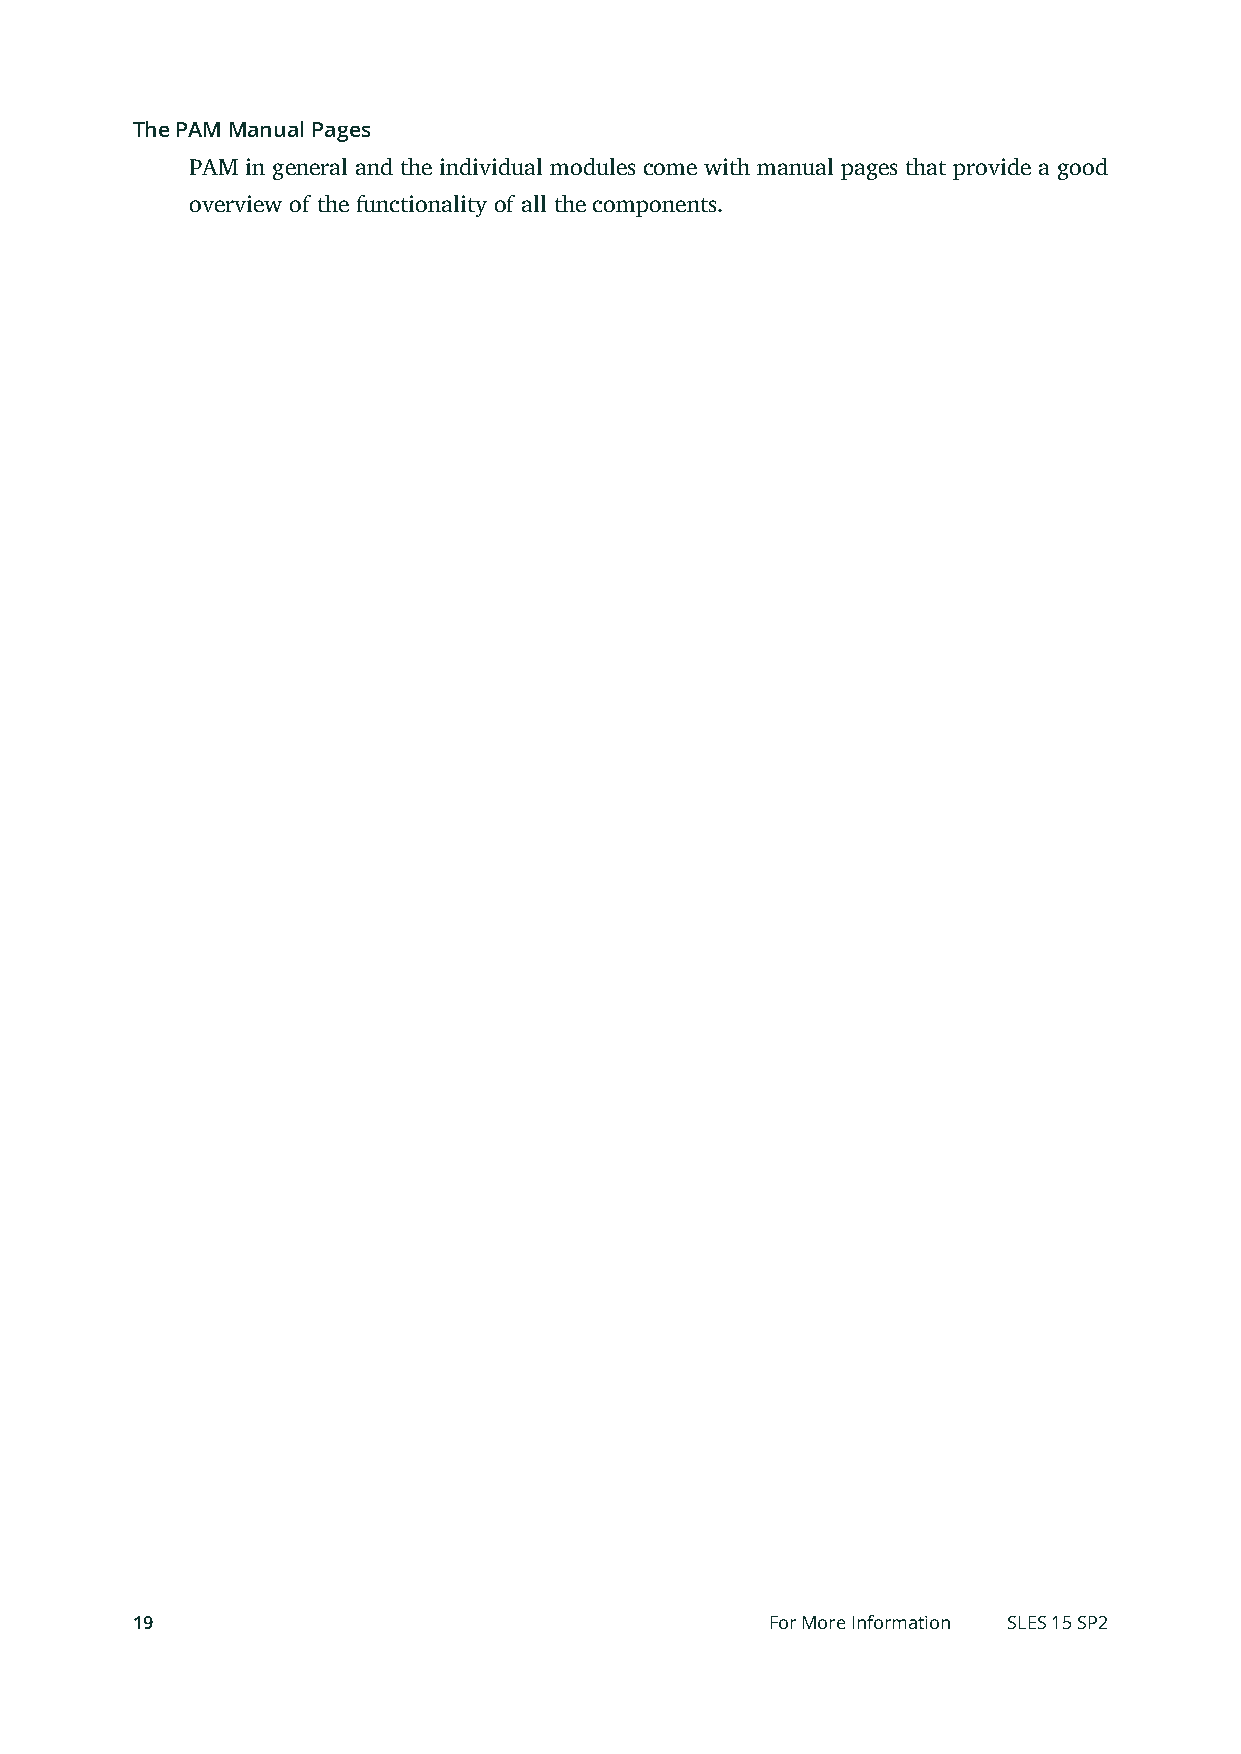
The PAM Manual Pages
 PAM in general and the individual modules come with manual pages that provide a good
 overview of the functionality of all the components.
 19                                        For More Information SLES 15 SP2